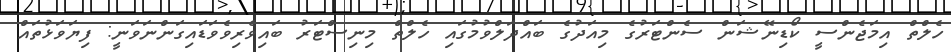
ހެލްތް އިމަޖެންސީ ކޯޑިނޭޝަން ސެންޓަރުގެ މިއަދުގެ ބައްދަލްވުމުގައި ހެލްތް މިނިސްޓަރު ބައިވެރިވެވަޑައިގަންނަވަނީ: ފިޔަވަޅުތައް